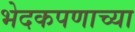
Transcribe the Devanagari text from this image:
भेदकपणाच्या